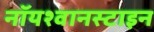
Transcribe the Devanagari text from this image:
नॉयश्वानस्टाइन